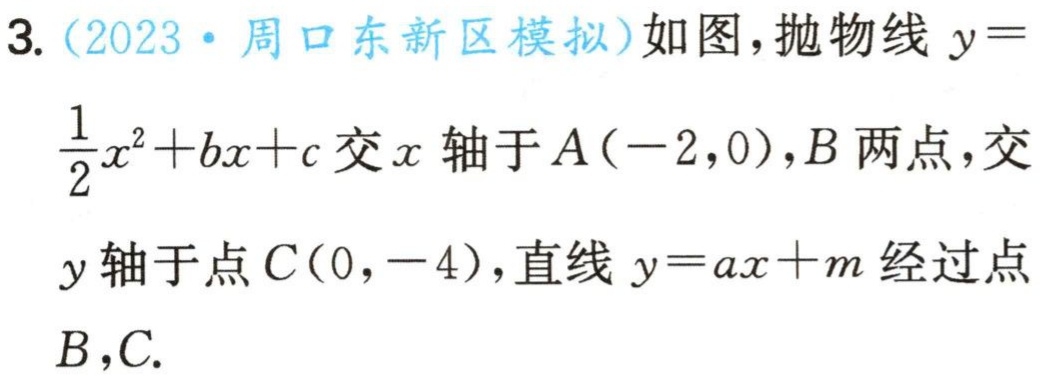
3. (2023·周口东新区模拟)如图，抛物线\(y = \frac{1}{2}x^{2}+bx + c\)交\(x\)轴于\(A(-2,0)\)，\(B\)两点，交\(y\)轴于点\(C(0,-4)\)，直线\(y = ax + m\)经过点\(B\)，\(C\).